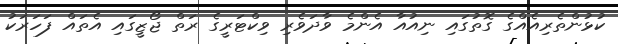
ކުޅުންތެރިއެއްގެ ގޮތުގައި ނިއުއާ އެންމެ ވާދަވެރި ވިކްޓަރީގެ ރަތް ޖޯޒީގައި އެތައް ފަހަރަކު